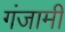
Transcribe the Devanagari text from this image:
गंजामी